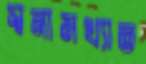
স্বনামখ্যাত